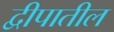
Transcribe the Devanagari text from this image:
द्वीपातील